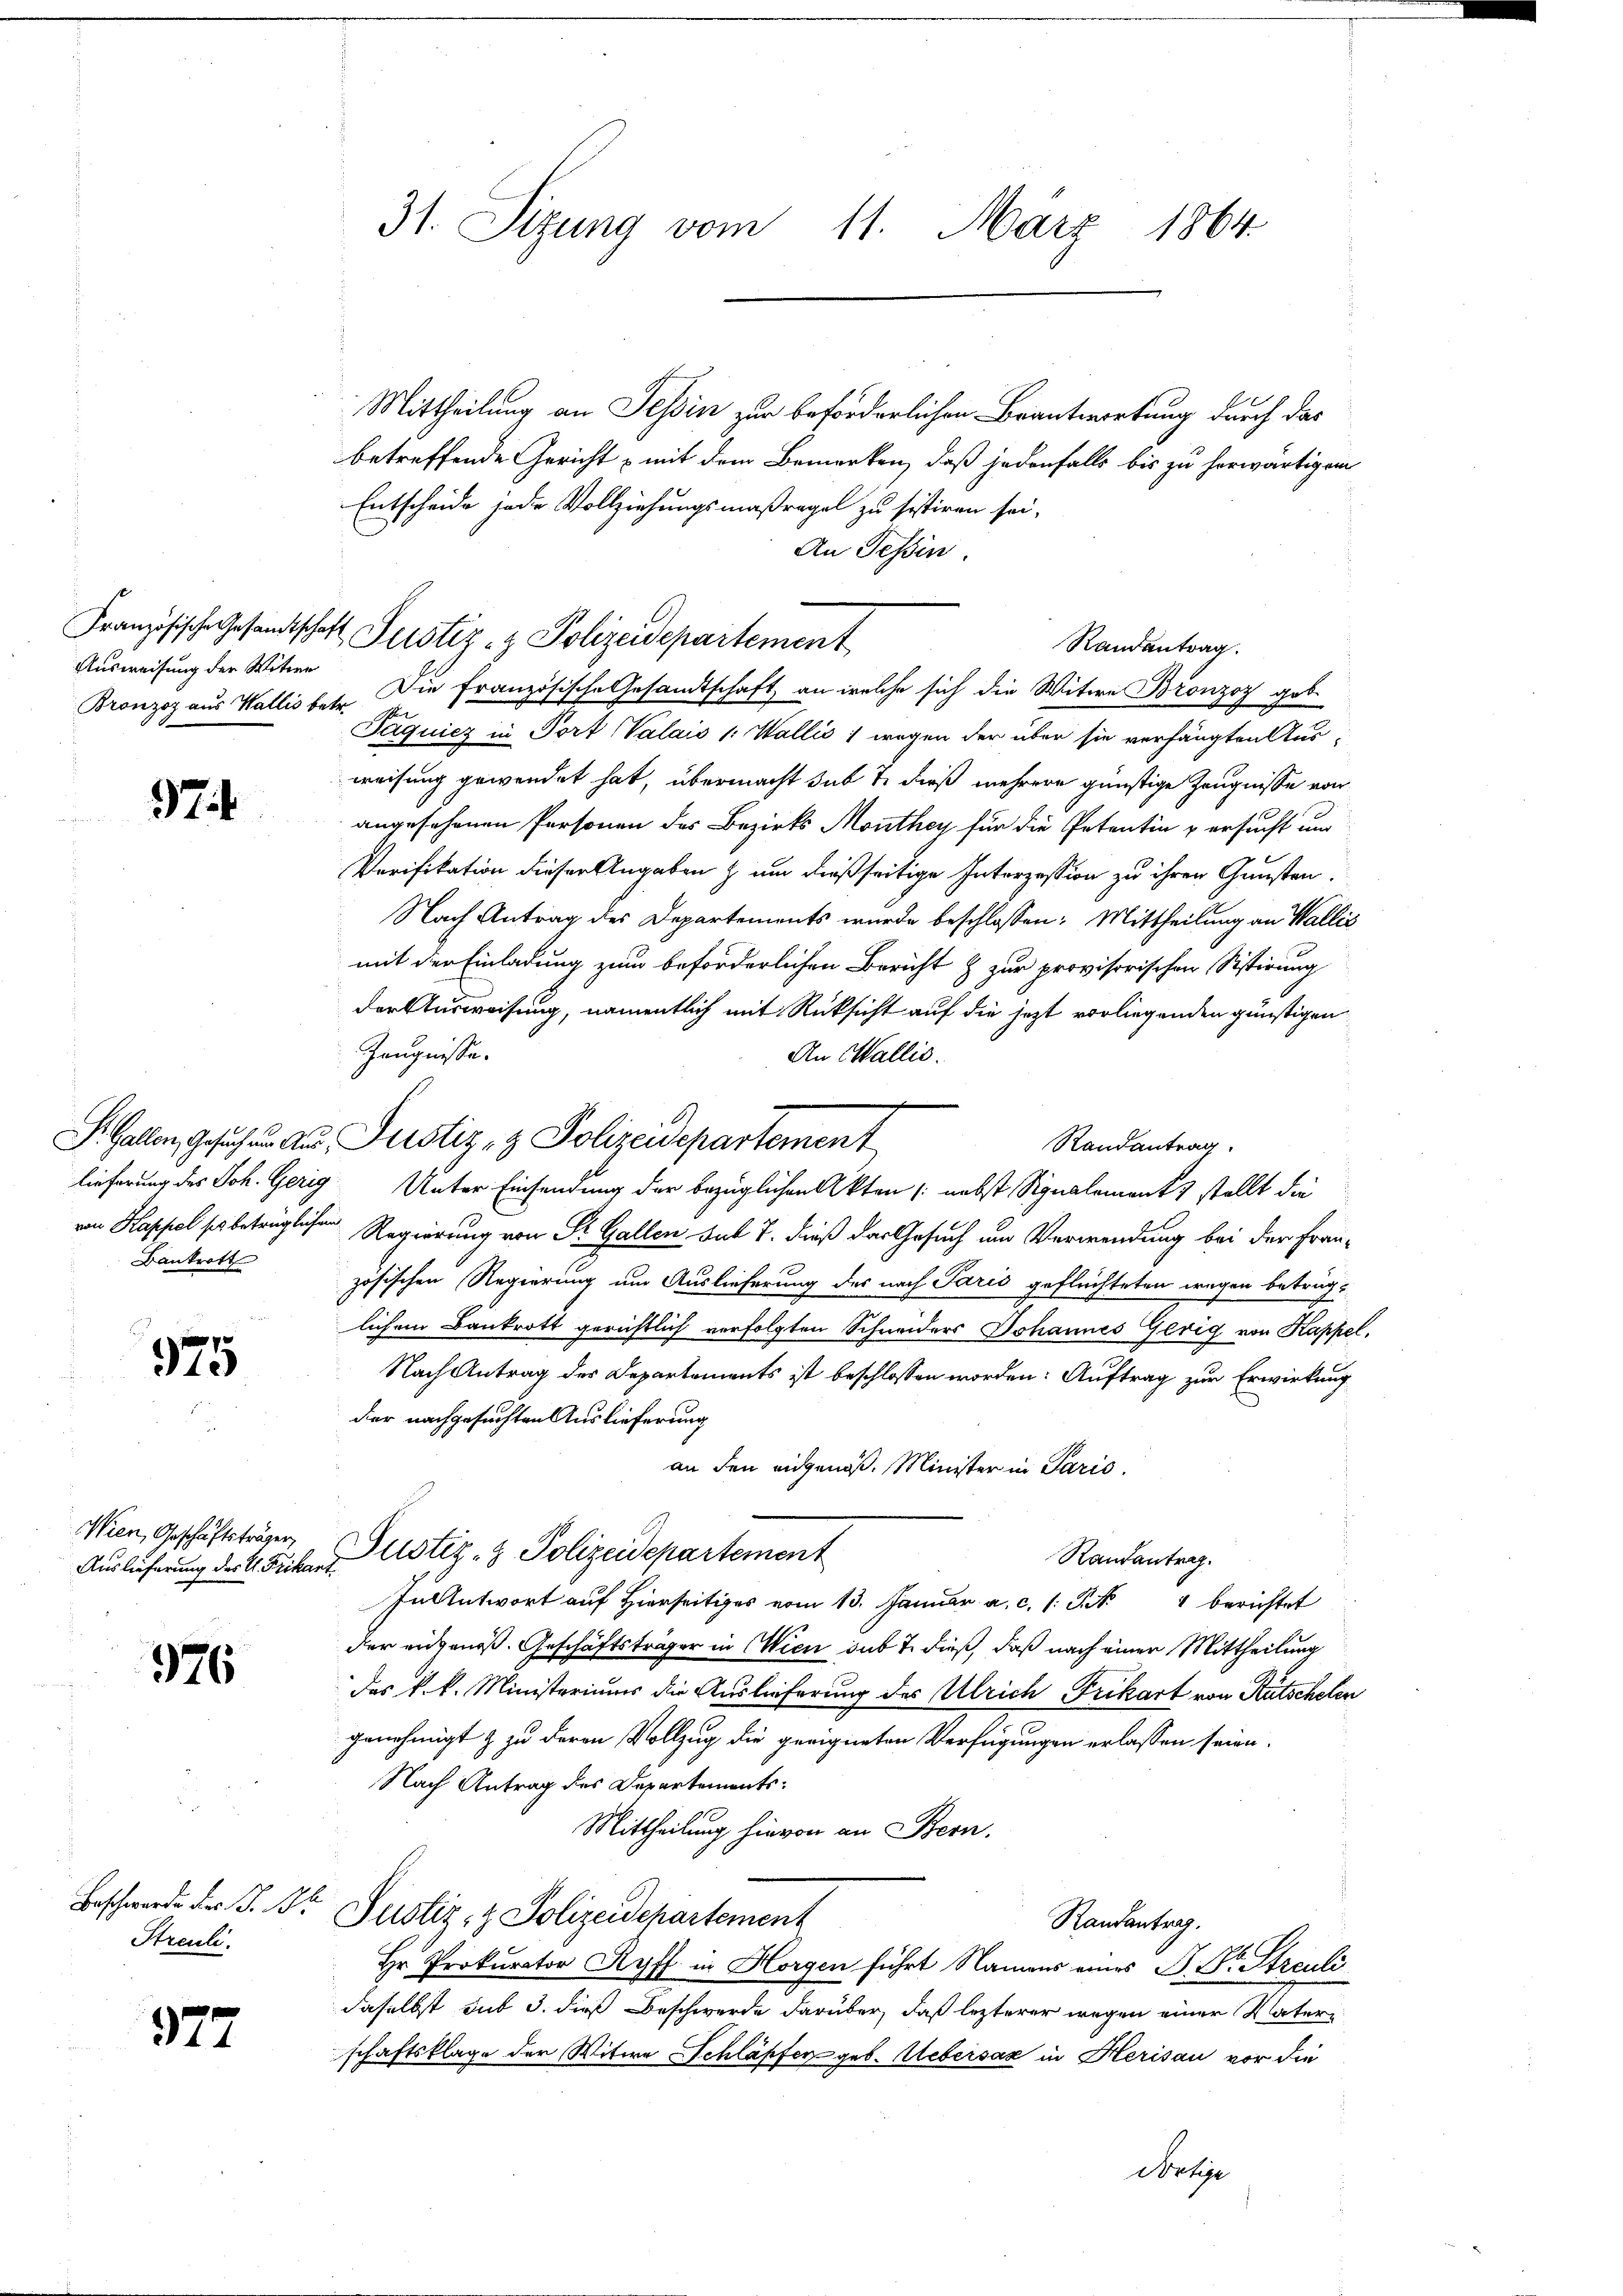
Französische Gesandtschaft
Ausweisung der Witwe

374.

Bankrott

975

Wien, Geschäftsträger,

976

Streuli.

577

31. Sizung vom 11. März 1864

Mittheilung an Tessin zur beförderlichen Beantwortung durch das
betreffende Gericht mit dem Bemerken, daß jedenfalls bis zu herwärtigem
Entscheide jede Vollziehungsmaßregel zu sistiren sei,
An Tessin.
Randantrag.
Bronzog aus Wallis betr. Die französische Gesandtschaft an welche sich die Weitere Bronzoz geb.
Jaquicz in Port Valais 1. Wallis 1 wegen der über sie verhängten Aus-
weisung gewendet hat, übermacht sub 7. dieß mehrere günstige Zeugnisse von
angesehenen Personen des Bezirks Monthey für die Petentin & ersucht und
Verifikation dieser Angaben & um dießseitige Interzession zu ihren Gunsten.
Nach Antrag des Departements wurde beschlossen: Mittheilung an Wallis
mit der Einladung zum beförderlichen Bericht & zur provisorischen Sistirung
der Ausweisung, namentlich mit Rücksicht auf die jezt vorliegenden günstigen
Zeugnisse.
An Wallis.
Randantrag.
lieferung des Joh. Gerig Unter Einsendung der bezüglichen Akten (nebst Signalements stellt die
von Kapsel se betrüglichen Regierung von Sr. Gallen, mit 7. dieß das Gesuch um Verwendung bei der Französischen Regierung um Auslieferung des nach Paris geflüchteten wegen betrüglichem Bankrott gerichtlich verfolgten Schneiders Johannes Gerig von Kappel,
Nach Antrag der Departements ist beschlossen worden: Auftrag zur Erwirkung
der nachgesuchten Auslieferung
an den eidgenöß. Minister in Paris.
Randantrag.
Auslieferung der K. Frikar Ustiz- & Polizeidepartement
In Antwort auf Hierseits vom 13. Januar a. c. s. S. Nr. 4 berichtet
der eidgenoß. Geschäftsträger in Wien sub 7. dieß, daß nach einer Mittheilung
das k.k. Ministeriums die Auslieferung des Ulrich Frikart von Kutschelen
genehmigt & zu deren Vollzug die geeigneten Verfügungen erlassen seien.
Nach Antrag des Departements-
Mittheilung hievon an Bern.
Beschwerde der J. Dr Justiz- & Polizeidepartement
Randantrag.
Hr. Prokurator Ryff in Horgen führt Namens eines P. Dr. Streuli
daselbst sub 3. dieß Beschwerde darüber, daß lezterer wegen einer Vatern
schaftsklage der Witwe Schläpfer geb. Uebersaz in Herisau vor die
Norhe

Justiz- & Polizeidepartement

S. Gallen, Gesuch in Aus Perstiz- & Polizeidepartement